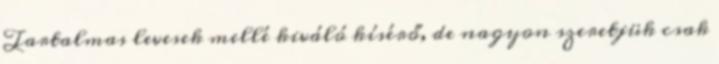
Tartalmas levesek mellé kiváló kísérő, de nagyon szeretjük csak